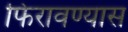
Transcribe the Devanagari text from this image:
फिरावण्यास